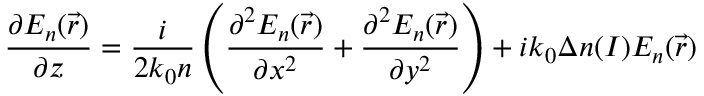
\frac { \partial { E } _ { n } ( \Vec { r } ) } { \partial z } = \frac { i } { 2 { k } _ { 0 } n } \left( \frac { { \partial } ^ { 2 } { E } _ { n } ( \Vec { r } ) } { { \partial { x } ^ { 2 } } } + \frac { { \partial } ^ { 2 } { E } _ { n } ( \Vec { r } ) } { \partial { y } ^ { 2 } } \right) + i { k } _ { 0 } \Delta n ( I ) { E } _ { n } ( \Vec { r } )